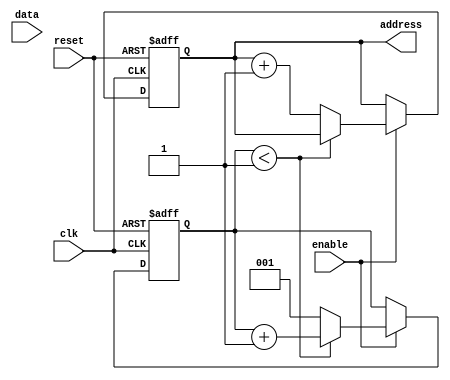
module snes_rom_reader
#(
    parameter [2:0] FREQ_DIV = 3'd1
)(
    input reset,
    input enable,
    input clk,
    input [7:0] data,
    output reg [19:0] address = 20'h00000
);
    // freq_div_cnt is incremented up to FREQ_DIV. When they're equal,
    //  address is incremented by 1 and freq_div_cnt is reset to 1.
    reg [2:0] freq_div_cnt = 3'd1;
    reg [7:0] cur_byte = 8'h00;

    always @(negedge clk or posedge reset) begin
        if (reset) begin
            address <= 20'h00000;
            freq_div_cnt <= 3'd1;
            cur_byte <= 8'h00;
        end else if (enable) begin
            if (freq_div_cnt < FREQ_DIV) begin
                freq_div_cnt <= freq_div_cnt + 3'd1;
            end else begin
                address <= address + 20'h00001;
                freq_div_cnt <= 3'd1;
                cur_byte <= data;
            end
        end
    end
endmodule